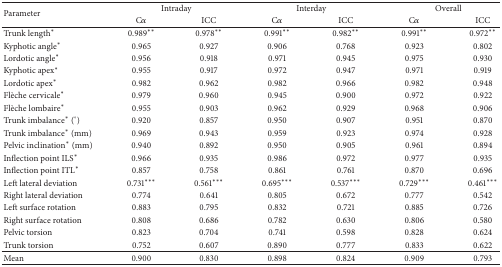
<table><thead><tr><td rowspan="2"><b>Parameter</b></td><td colspan="2"><b>Intraday</b></td><td colspan="2"><b>Interday</b></td><td colspan="2"><b>Overall</b></td></tr><tr><td><b>C<i>α</i></b></td><td><b>ICC</b></td><td><b>C<i>α</i></b></td><td><b>ICC</b></td><td><b>C<i>α</i></b></td><td><b>ICC</b></td></tr></thead><tbody><tr><td>Trunk length*</td><td>0.989**</td><td>0.978**</td><td>0.991**</td><td>0.982**</td><td>0.991**</td><td>0.972**</td></tr><tr><td>Kyphotic angle*</td><td>0.965</td><td>0.927</td><td>0.906</td><td>0.768</td><td>0.923</td><td>0.802</td></tr><tr><td>Lordotic angle*</td><td>0.956</td><td>0.918</td><td>0.971</td><td>0.945</td><td>0.975</td><td>0.930</td></tr><tr><td>Kyphotic apex*</td><td>0.955</td><td>0.917</td><td>0.972</td><td>0.947</td><td>0.971</td><td>0.919</td></tr><tr><td>Lordotic apex*</td><td>0.982</td><td>0.962</td><td>0.982</td><td>0.966</td><td>0.982</td><td>0.948</td></tr><tr><td> Flèche cervicale*</td><td>0.979</td><td>0.960</td><td>0.945</td><td>0.900</td><td>0.972</td><td>0.922</td></tr><tr><td> Flèche lombaire*</td><td>0.955</td><td>0.903</td><td>0.962</td><td>0.929</td><td>0.968</td><td>0.906</td></tr><tr><td>Trunk imbalance* (°)</td><td>0.920</td><td>0.857</td><td>0.950</td><td>0.907</td><td>0.951</td><td>0.870</td></tr><tr><td>Trunk imbalance* (mm)</td><td>0.969</td><td>0.943</td><td>0.959</td><td>0.923</td><td>0.974</td><td>0.928</td></tr><tr><td>Pelvic inclination* (mm)</td><td>0.940</td><td>0.892</td><td>0.950</td><td>0.905</td><td>0.961</td><td>0.894</td></tr><tr><td>Inflection point ILS*</td><td>0.966</td><td>0.935</td><td>0.986</td><td>0.972</td><td>0.977</td><td>0.935</td></tr><tr><td>Inflection point ITL*</td><td>0.857</td><td>0.758</td><td>0.861</td><td>0.761</td><td>0.870</td><td>0.696</td></tr><tr><td>Left lateral deviation</td><td>0.731***</td><td>0.561***</td><td>0.695***</td><td>0.537***</td><td>0.729***</td><td>0.461***</td></tr><tr><td>Right lateral deviation</td><td>0.774</td><td>0.641</td><td>0.805</td><td>0.672</td><td>0.777</td><td>0.542</td></tr><tr><td>Left surface rotation</td><td>0.883</td><td>0.795</td><td>0.832</td><td>0.721</td><td>0.885</td><td>0.726</td></tr><tr><td>Right surface rotation</td><td>0.808</td><td>0.686</td><td>0.782</td><td>0.630</td><td>0.806</td><td>0.580</td></tr><tr><td>Pelvic torsion </td><td>0.823</td><td>0.704</td><td>0.741</td><td>0.598</td><td>0.828</td><td>0.624</td></tr><tr><td>Trunk torsion</td><td>0.752</td><td>0.607</td><td>0.890</td><td>0.777</td><td>0.833</td><td>0.622</td></tr><tr><td>Mean</td><td>0.900</td><td>0.830</td><td>0.898</td><td>0.824</td><td>0.909</td><td>0.793</td></tr></tbody></table>